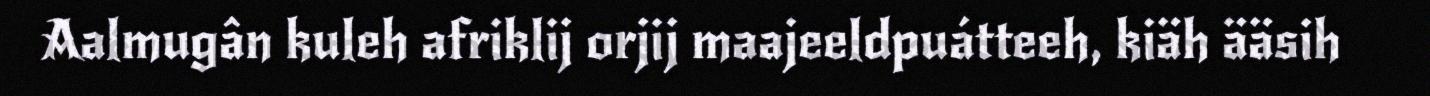
Aalmugân kuleh afriklij orjij maajeeldpuátteeh, kiäh ääsih